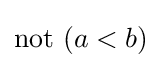
{\text{not }}(a<b)